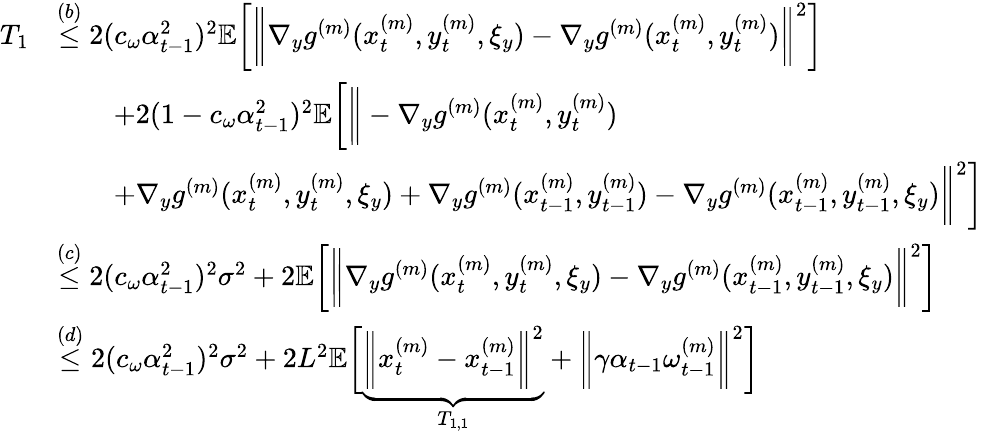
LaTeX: \begin{array}{rl}{T_{1}}&{\overset{(b)}{\leq}2(c_{\omega}\alpha_{t-1}^{2})^{2}\mathbb{E}\bigg[\bigg\| \nabla_{y}g^{(m)}(x_{t}^{(m)},y_{t}^{(m)},\xi_{y})-\nabla_{y}g^{(m)}(x_{t}^{(m)},y_{t}^{(m)})\bigg\| ^{2}\bigg]}\\ &{\qquad+2(1-c_{\omega}\alpha_{t-1}^{2})^{2}\mathbb{E}\bigg[\bigg\| -\nabla_{y}g^{(m)}(x_{t}^{(m)},y_{t}^{(m)})}\\ &{\qquad+\nabla_{y}g^{(m)}(x_{t}^{(m)},y_{t}^{(m)},\xi_{y})+\nabla_{y}g^{(m)}(x_{t-1}^{(m)},y_{t-1}^{(m)})-\nabla_{y}g^{(m)}(x_{t-1}^{(m)},y_{t-1}^{(m)},\xi_{y})\bigg\| ^{2}\bigg]}\\ &{\overset{(c)}{\leq}2(c_{\omega}\alpha_{t-1}^{2})^{2}\sigma^{2}+2\mathbb{E}\bigg[\bigg\| \nabla_{y}g^{(m)}(x_{t}^{(m)},y_{t}^{(m)},\xi_{y})-\nabla_{y}g^{(m)}(x_{t-1}^{(m)},y_{t-1}^{(m)},\xi_{y})\bigg\| ^{2}\bigg]}\\ &{\overset{(d)}{\leq}2(c_{\omega}\alpha_{t-1}^{2})^{2}\sigma^{2}+2L^{2}\mathbb{E}\bigg[\underbrace{\bigg\| x_{t}^{(m)}-x_{t-1}^{(m)}\bigg\| ^{2}}_{T_{1,1}}+\bigg\| \gamma\alpha_{t-1}\omega_{t-1}^{(m)}\bigg\| ^{2}\bigg]}\end{array}